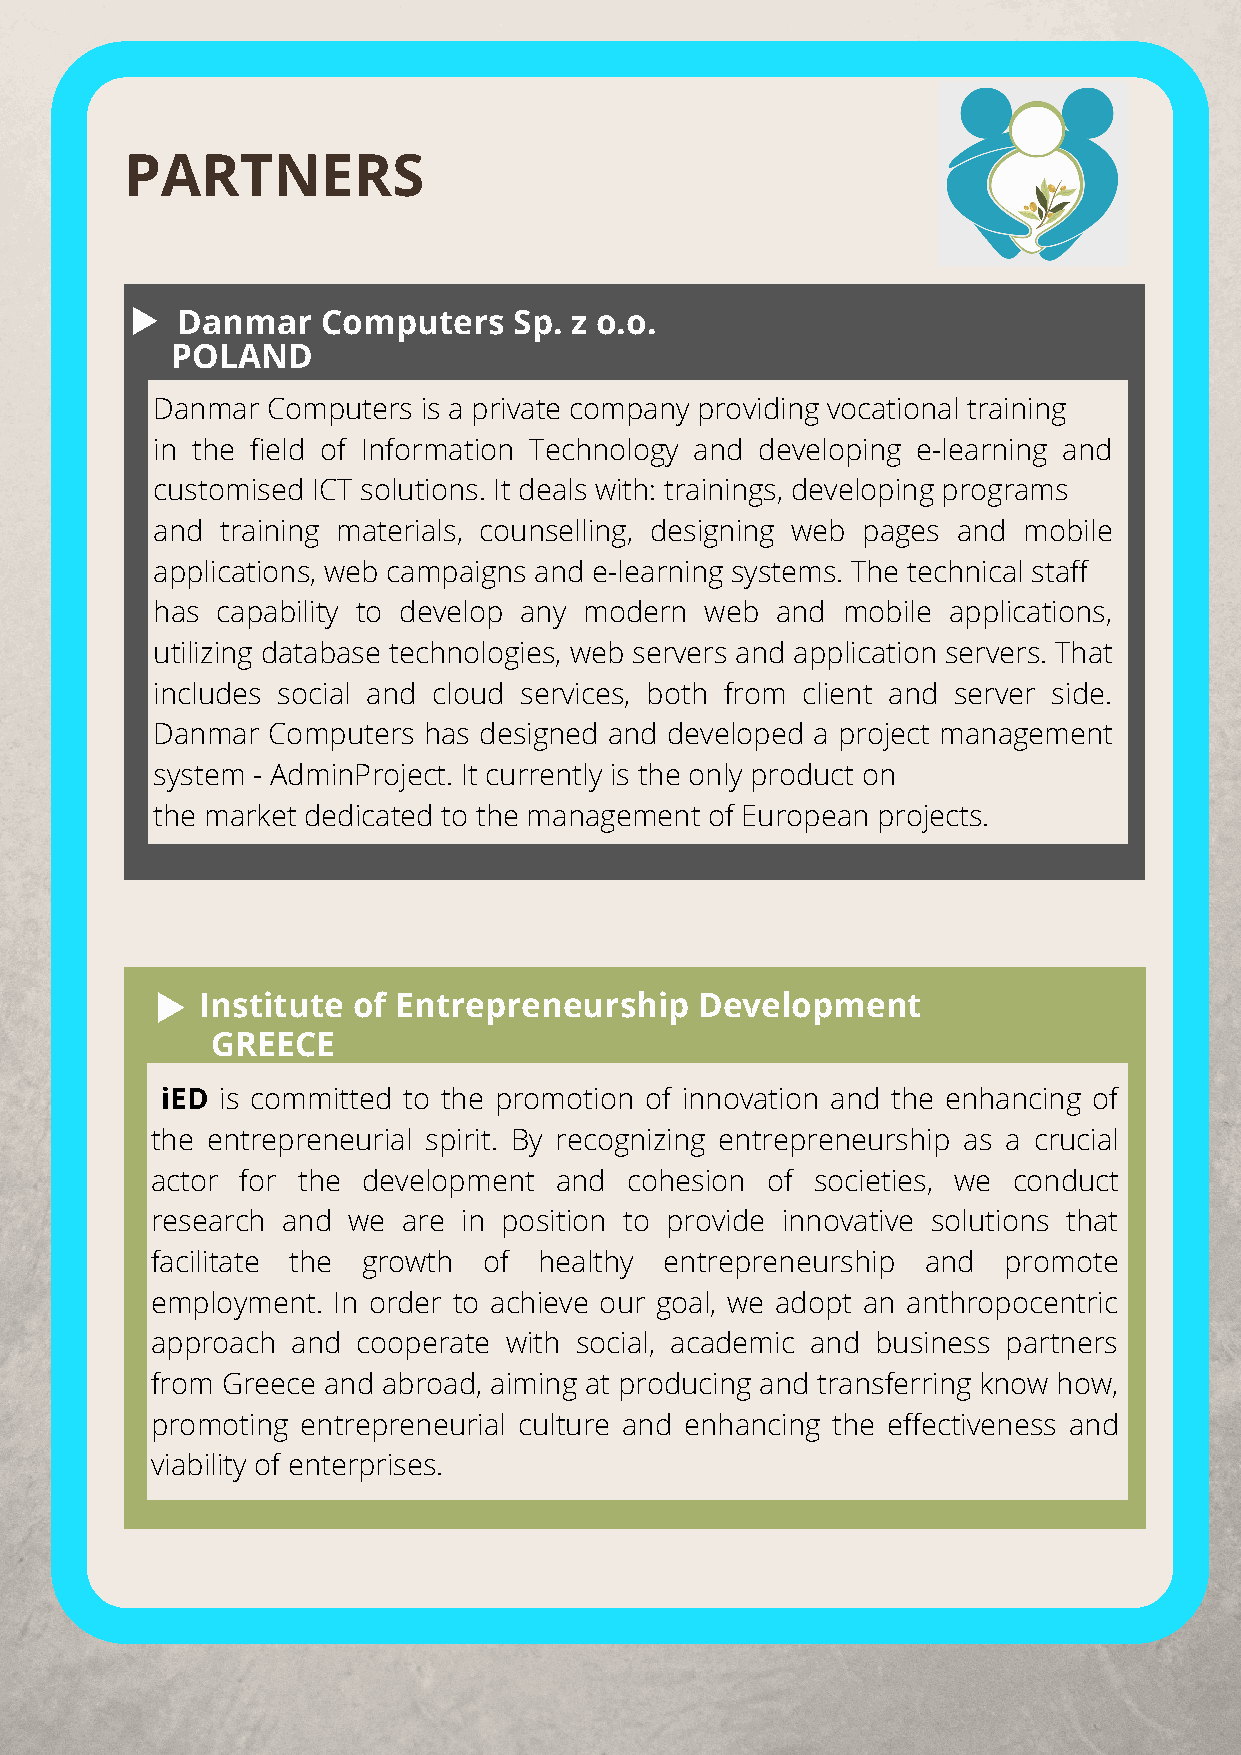
PARTNERS
 Danmar   Computers    Sp. z o.o.
 POLAND
 Danmar  Computers is a private company providing vocational training
 in the field of Information Technology and developing e-learning and
 customised ICT solutions. It deals with: trainings, developing programs
 and  training materials, counselling, designing web pages and mobile
 applications, web campaigns and e-learning systems. The technical staff
 has capability to develop any modern web and  mobile applications,
 utilizing database technologies, web servers and application servers. That
 includes social and cloud services, both from client and server side.
 Danmar  Computers has designed and developed a project management
 system - AdminProject. It currently is the only product on
 the market dedicated to the management of European projects.
 Institute of Entrepreneurship    Development
 GREECE
 iED is committed to the promotion of innovation and the enhancing of
 the entrepreneurial spirit. By recognizing entrepreneurship as a crucial
 actor for the development  and cohesion  of societies, we conduct
 research and we  are in position to provide innovative solutions that
 facilitate the growth of  healthy entrepreneurship and  promote
 employment. In order to achieve our goal, we adopt an anthropocentric
 approach and  cooperate with social, academic and business partners
 from Greece and abroad, aiming at producing and transferring know how,
 promoting entrepreneurial culture and enhancing the effectiveness and
 viability of enterprises.